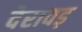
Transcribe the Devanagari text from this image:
देरावड़